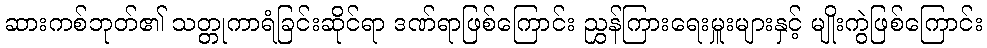
ဆားကစ်ဘုတ်၏ သတ္တုကာရံခြင်းဆိုင်ရာ ဒဏ်ရာဖြစ်ကြောင်း ညွှန်ကြားရေးမှူးများနှင့် မျိုးကွဲဖြစ်ကြောင်း